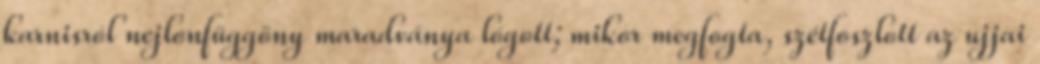
karnisról nejlonfüggöny maradványa lógott; mikor megfogta, szétfoszlott az ujjai